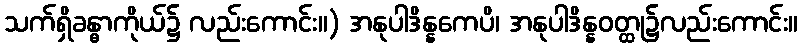
သက်ရှိခန္ဓာကိုယ်၌ လည်းကောင်း။) အနုပါဒိန္နကေပိ၊ အနုပါဒိန္နဝတ္ထု၌လည်းကောင်း။